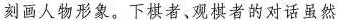
刻画人物形象。下棋者、观棋者的对话虽然